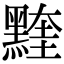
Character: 𪑭